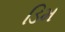
ડિમ